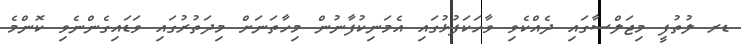
ޑރ ލުތުފީ މިޖަލްސާގައި ދެއްކެވި ވާހަކަފުޅުގައި އެމަނިކުފާނުން މިހާތަނަށް މިދަތުރުގައި ވަޑައިގެންނެވި ކޮންމެ